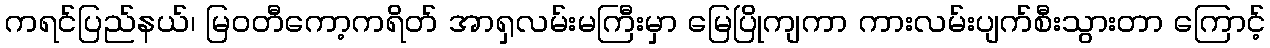
ကရင်ပြည်နယ်၊ မြဝတီကော့ကရိတ် အာရှလမ်းမကြီးမှာ မြေပြိုကျကာ ကားလမ်းပျက်စီးသွားတာ ကြောင့်